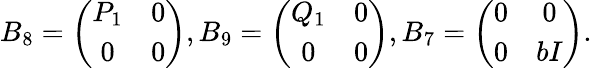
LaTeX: B_{8}=\left(\begin{array}{cc}{{P_{1}}}&{{0}}\\ {{0}}&{{0}}\end{array}\right),B_{9}=\left(\begin{array}{cc}{{Q_{1}}}&{{0}}\\ {{0}}&{{0}}\end{array}\right),B_{7}=\left(\begin{array}{cc}{{0}}&{{0}}\\ {{0}}&{{bI}}\end{array}\right).